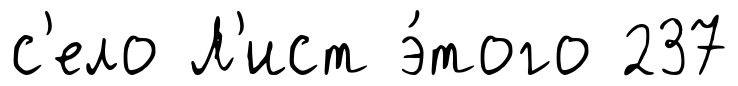
с'ело Л'ист э́того 237